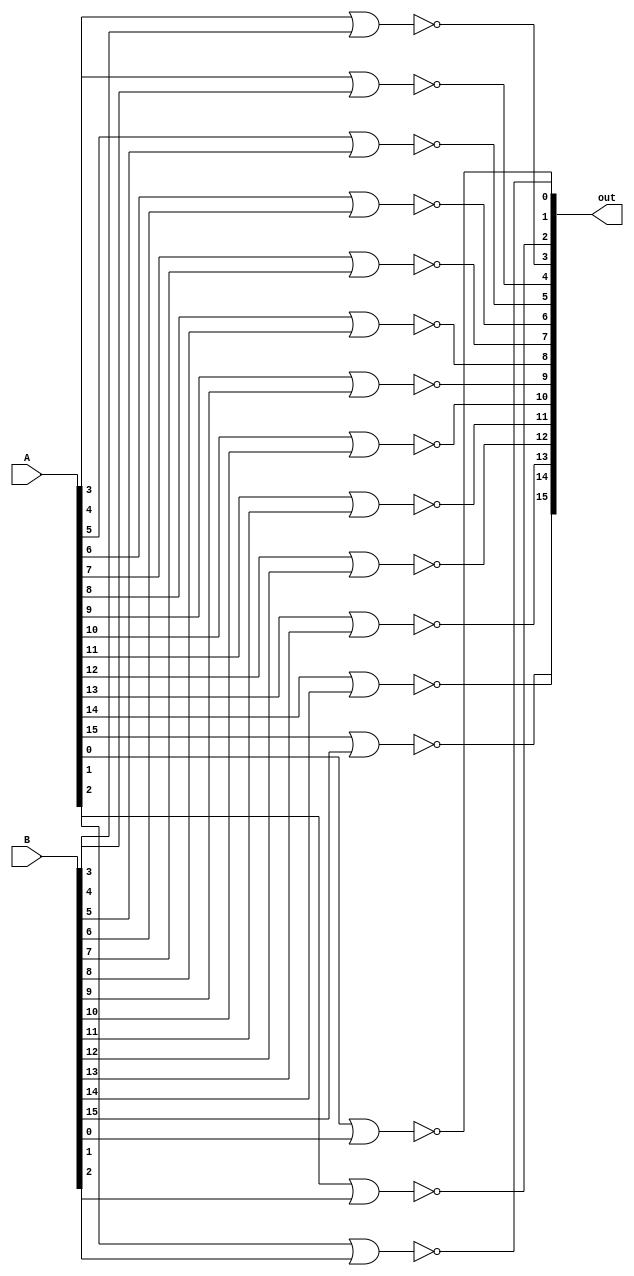
module nor16bit(out, A, B);
	input [15:0] A;
	input [15:0] B;
	output [15:0] out;
	
	// Takes the nor of A and B
	nor nor1(out[0], A[0], B[0]),
		nor2(out[1], A[1], B[1]),
		nor3(out[2], A[2], B[2]),
		nor4(out[3], A[3], B[3]),
		nor5(out[4], A[4], B[4]),
		nor6(out[5], A[5], B[5]),
		nor7(out[6], A[6], B[6]),
		nor8(out[7], A[7], B[7]),
		nor9(out[8], A[8], B[8]),
		nor10(out[9], A[9], B[9]),
		nor11(out[10], A[10], B[10]),
		nor12(out[11], A[11], B[11]),
		nor13(out[12], A[12], B[12]),
		nor14(out[13], A[13], B[13]),
		nor15(out[14], A[14], B[14]),
		nor16(out[15], A[15], B[15]);
endmodule